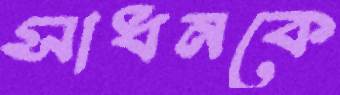
সাধনকে